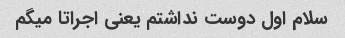
سلام اول دوست نداشتم یعنی اجراتا میگم